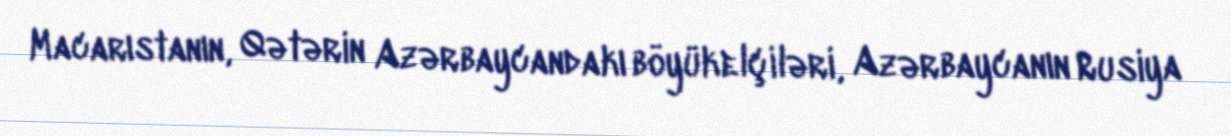
Macarıstanın, Qətərin Azərbaycandakı böyükelçiləri, Azərbaycanın Rusiya